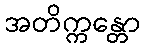
အတိက္ကန္တော